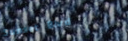
Sunset Blvd